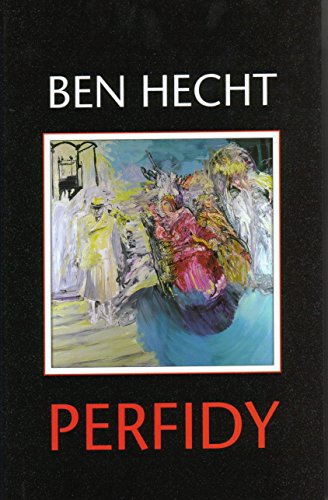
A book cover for Perfidy; Ben Hecht; Literature & Fiction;